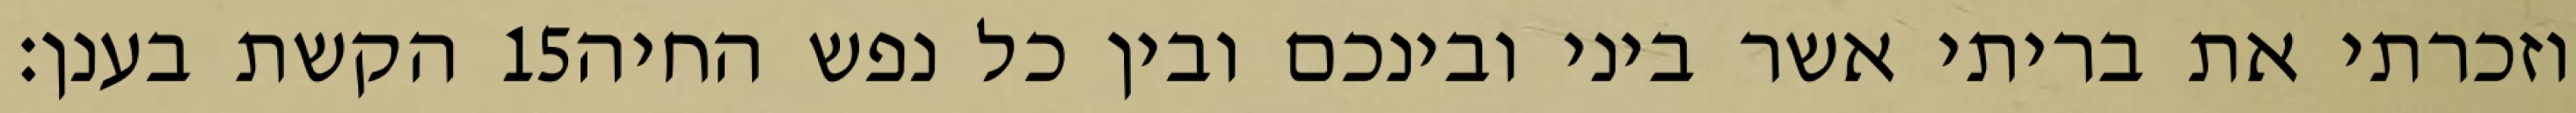
הקשת בענן׃ ‎15‏ וזכרתי את בריתי אשר ביני ובינכם ובין כל נפש החיה